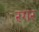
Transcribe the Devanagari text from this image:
रगर